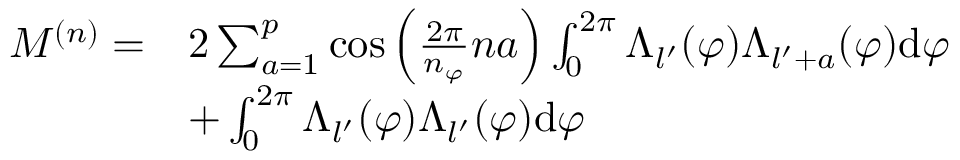
\begin{array} { r l } { M ^ { ( n ) } = } & { 2 \sum _ { a = 1 } ^ { p } \cos \left( \frac { 2 \pi } { n _ { \varphi } } n a \right) \int _ { 0 } ^ { 2 \pi } \Lambda _ { l ^ { \prime } } ( \varphi ) \Lambda _ { l ^ { \prime } + a } ( \varphi ) \mathrm { d } { \varphi } } \\ & { + \int _ { 0 } ^ { 2 \pi } \Lambda _ { l ^ { \prime } } ( \varphi ) \Lambda _ { l ^ { \prime } } ( \varphi ) \mathrm { d } { \varphi } } \end{array}